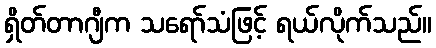
ရှိတ်တာဂျီက သရော်သံဖြင့် ရယ်လိုက်သည်။